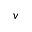
v